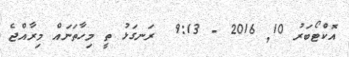
އޮކްޓޯބަރު 10